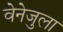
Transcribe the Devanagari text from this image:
वेनेजुला